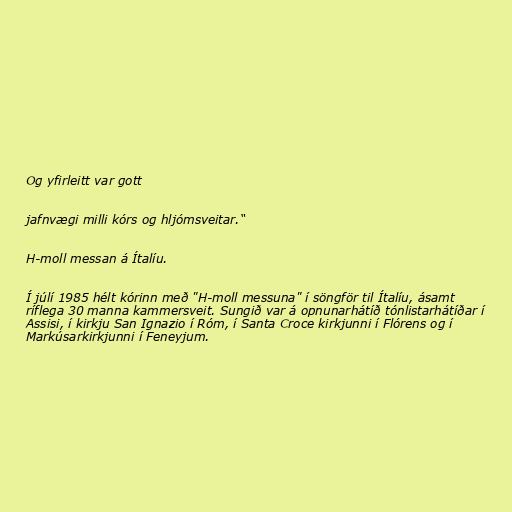
Og yfirleitt var gott

jafnvægi milli kórs og hljómsveitar.“

H-moll messan á Ítalíu.

Í júlí 1985 hélt kórinn með "H-moll messuna" í söngför til Ítalíu, ásamt
ríflega 30 manna kammersveit. Sungið var á opnunarhátíð tónlistarhátíðar í
Assisi, í kirkju San Ignazio í Róm, í Santa Croce kirkjunni í Flórens og í
Markúsarkirkjunni í Feneyjum.